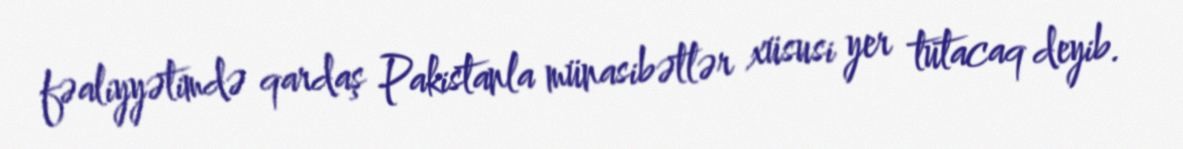
fəaliyyətimdə qardaş Pakistanla münasibətlər xüsusi yer tutacaq deyib.